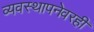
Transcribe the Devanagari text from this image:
व्यवस्थापनेवरही